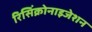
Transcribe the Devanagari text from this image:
रिसिंक्रोनाइजेशन